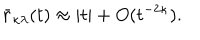
LaTeX: \bar { r } _ { \kappa \lambda } ( t ) \approx | t | + O ( t ^ { - 2 \kappa } ) .